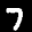
Label: 7